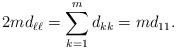
LaTeX: \begin{align*}2 m d_{\ell \ell} = \sum_{k=1}^m d_{kk} = m d_{11}.\end{align*}